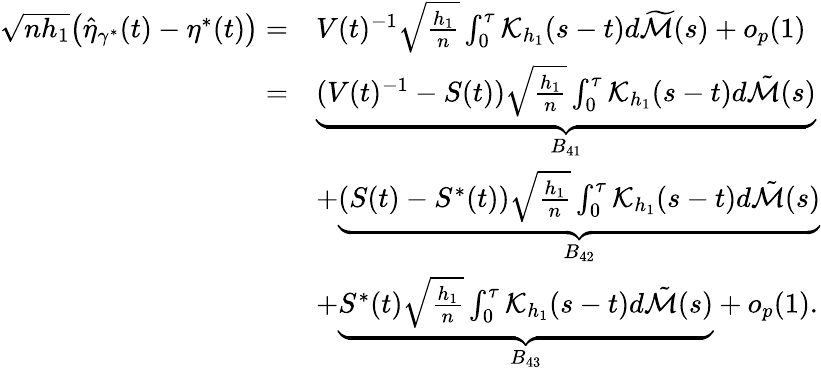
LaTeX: \begin{array}{rl}{\sqrt{nh_{1}}\big(\widehat{\eta}_{\gamma^{*}}(t)-\eta^{*}(t)\big)=}&{V(t)^{-1}\sqrt{\frac{h_{1}}{n}}\int_{0}^{\tau}\mathcal{K}_{h_{1}}(s-t)d\widetilde{\mathcal{M}}(s)+o_{p}(1)}\\ {=}&{\underbrace{(V(t)^{-1}-S(t))\sqrt{\frac{h_{1}}{n}}\int_{0}^{\tau}\mathcal{K}_{h_{1}}(s-t)d\tilde{\mathcal{M}}(s)}_{B_{41}}}\\ &{+\underbrace{(S(t)-S^{*}(t))\sqrt{\frac{h_{1}}{n}}\int_{0}^{\tau}\mathcal{K}_{h_{1}}(s-t)d\tilde{\mathcal{M}}(s)}_{B_{42}}}\\ &{+\underbrace{S^{*}(t)\sqrt{\frac{h_{1}}{n}}\int_{0}^{\tau}\mathcal{K}_{h_{1}}(s-t)d\tilde{\mathcal{M}}(s)}_{B_{43}}+o_{p}(1).}\end{array}